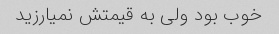
خوب بود ولی به قیمتش نمیارزید